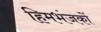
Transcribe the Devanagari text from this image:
हिमभंजकों